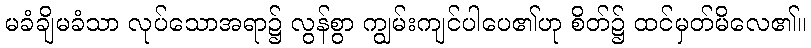
မခံချိမခံသာ လုပ်သောအရာ၌ လွန်စွာ ကျွမ်းကျင်ပါပေ၏ဟု စိတ်၌ ထင်မှတ်မိလေ၏။